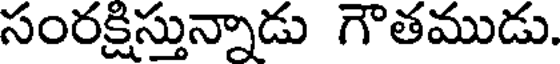
సంరక్షిస్తున్నాడు గౌతముడు.